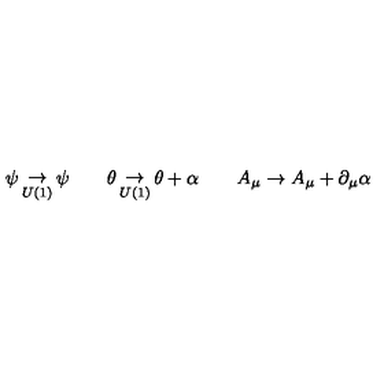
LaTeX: \psi \mathop \to _ { U ( 1 ) } \psi \qquad \theta \mathop \to _ { U ( 1 ) } \theta + \alpha \qquad A _ { \mu } \to A _ { \mu } + \partial _ { \mu } \alpha